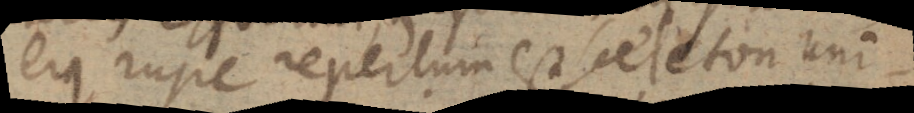
ejus rupe repertum est sceleton uni-